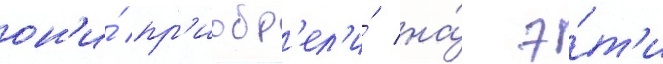
он'и́ пр'иобр'ел'и́ на́ э́т'и